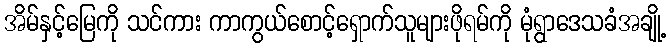
အိမ်နှင့်မြေကို သင်ကား ကာကွယ်စောင့်ရှောက်သူများဖိုရမ်ကို မုံရွာဒေသခံအချို့